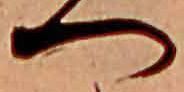
へ